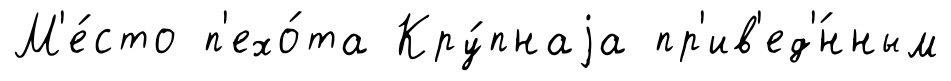
М'е́сто п'ехо́та Кру́пнаjа пр'ив'ед'́нным